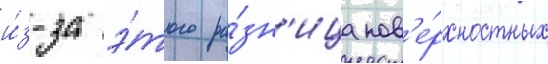
и́з-за э́того ра́зн'ица пов'е́рхностных